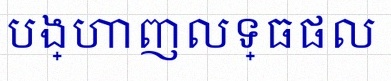
បង្ហាញលទ្ធផល